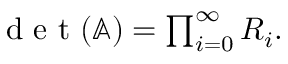
\begin{array} { r } { \textrm { d e t } ( \mathbb { A } ) = \prod _ { i = 0 } ^ { \infty } R _ { i } . } \end{array}